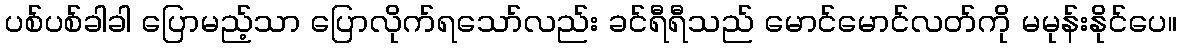
ပစ်ပစ်ခါခါ ပြောမည့်သာ ပြောလိုက်ရသော်လည်း ခင်ရီရီသည် မောင်မောင်လတ်ကို မမုန်းနိုင်ပေ။